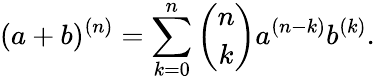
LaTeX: (a+b)^{(n)}=\sum_{k=0}^{n}{\binom{n}{k}}a^{(n-k)}b^{(k)}.